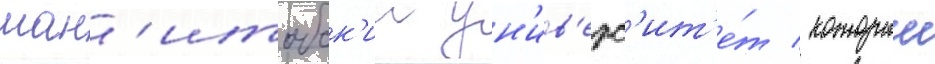
ман'итобск'ии ун'ив'ерс'ит'е́т / которыи